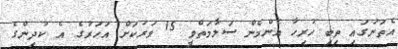
އެތަނުގައި ތިބި ހުރިހާ އެންމެން ސަލާމަތްވީ 15 ވަރަކަށް އަހަރުގެ އެ ކުދިންގެ